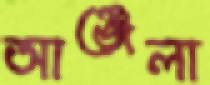
আঞ্জেলা